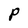
Character: P